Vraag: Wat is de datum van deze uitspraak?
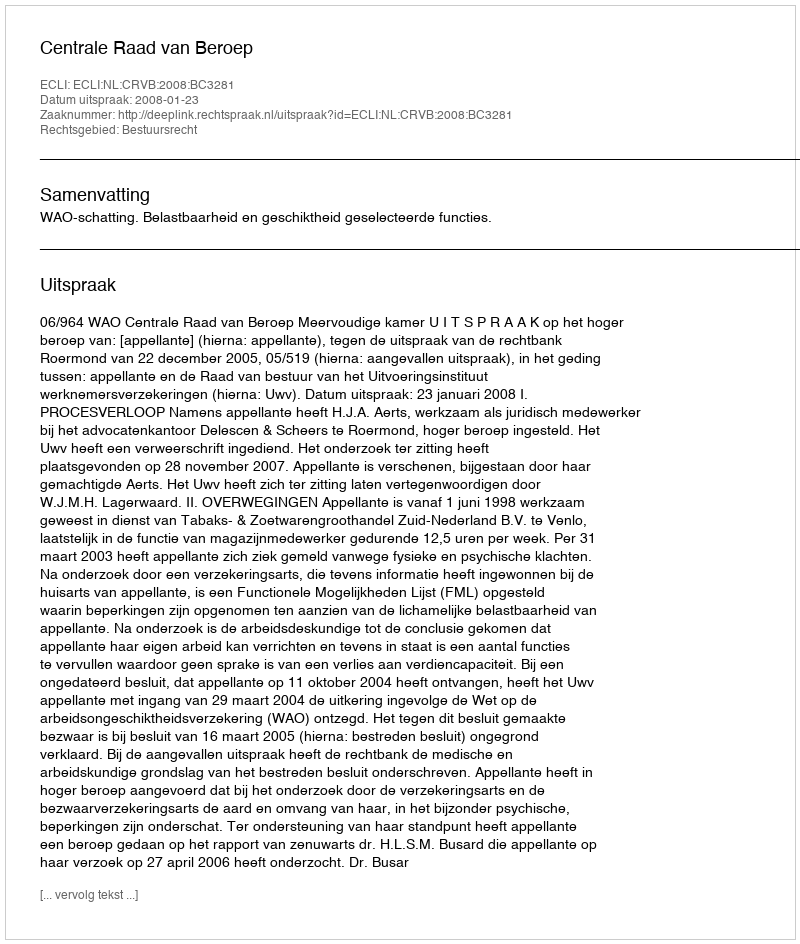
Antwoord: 2008-01-23